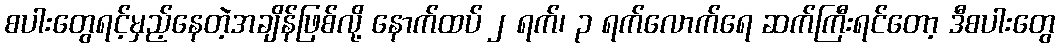
စပါးတွေရင့်မှည့်နေတဲ့အချိန်ဖြစ်လို့ နောက်ထပ် ၂ ရက်၊ ၃ ရက်လောက်ရေ ဆက်ကြီးရင်တော့ ဒီစပါးတွေ